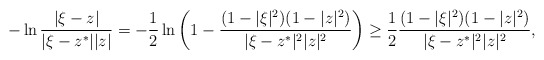
\begin{align*}-\ln\frac{|\xi-z|}{|\xi-z^*||z|} = -\frac{1}{2} \ln\left(1-\frac{(1-|\xi|^2)(1-|z|^2)}{|\xi-z^*|^2|z|^2}\right) \geq \frac{1}{2} \frac{(1-|\xi|^2)(1-|z|^2)}{|\xi-z^*|^2|z|^2},\end{align*}